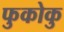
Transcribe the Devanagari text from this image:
फुकोकु